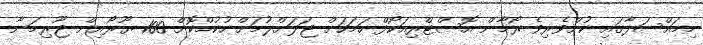
މިމައްސަލާގައި ކުށްވެރިވެ ރޯމާން އޮސްޓްރިއަކޯފް ހަމަހަށް ޖަލަށްލުމަށް ހުކުމްކޮށް 100 ޔޫރޯއިން ޖޫރިމަނާ